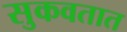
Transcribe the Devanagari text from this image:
सुकवतात